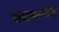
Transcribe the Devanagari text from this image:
पायाभरणीत